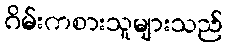
ဂိမ်းကစားသူများသည်